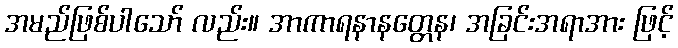
အမည်ဖြစ်ပါသော် လည်း။ အာကာရနာနတ္တေန၊ အခြင်းအရာအား ဖြင့်